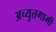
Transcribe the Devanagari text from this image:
अच्युतगामी